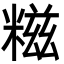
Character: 糍